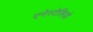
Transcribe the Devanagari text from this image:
एनेस्टेसियो